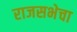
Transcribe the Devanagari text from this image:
राजसभेचा